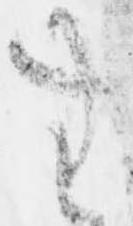
無